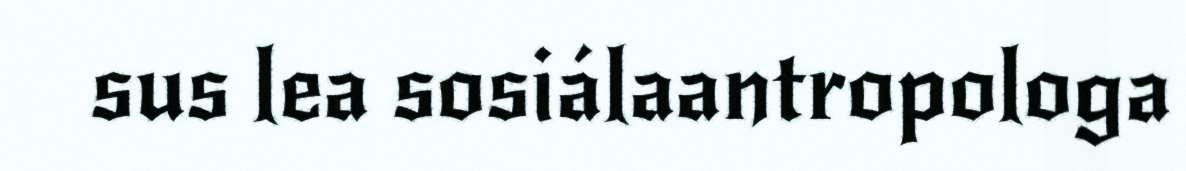
sus lea sosiálaantropologa